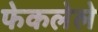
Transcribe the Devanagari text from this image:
फेकलेले